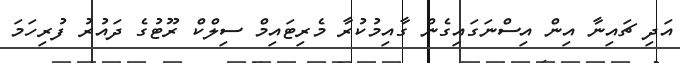
އަދި ޗައިނާ އިން އިސްނަގައިގެން ގާއިމުކުރާ މެރިޓައިމް ސިލްކް ރޫޓުގެ ދައުރު ފުރިހަމަ